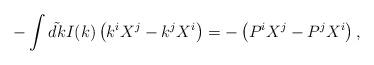
LaTeX: \begin{align*}-\int\tilde{dk} I(k) \left( k^i X^j - k^j X^i\right) = -\left( P^i X^j - P^jX^i\right), \end{align*}